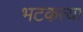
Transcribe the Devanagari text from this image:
भटकत्या